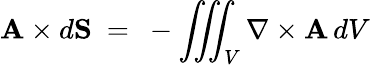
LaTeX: \mathbf{A}\times d\mathbf{S}\ =\ -\iiint_{V}\nabla\times\mathbf{A}\, dV